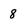
Character: 8